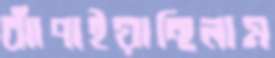
ঝাঁপাইয়াছিলাম